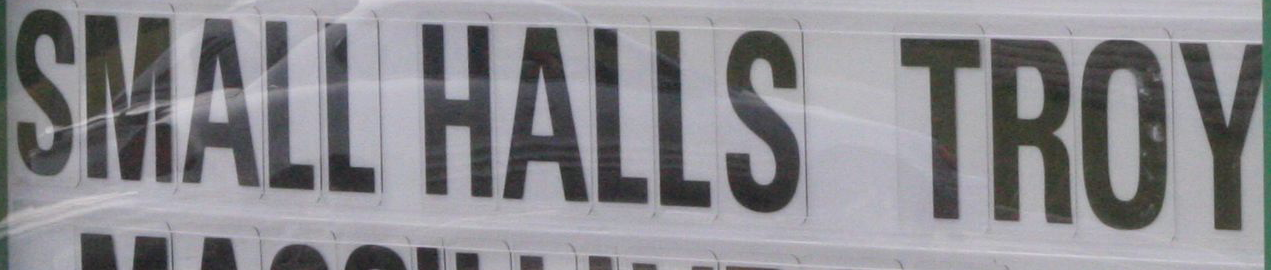
SMALL HALLS TROY